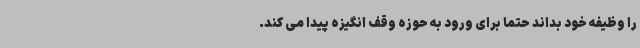
را وظیفه خود بداند حتما برای ورود به حوزه وقف انگیزه پیدا می کند.